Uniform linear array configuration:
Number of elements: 12
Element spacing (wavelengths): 0.25
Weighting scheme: cosine
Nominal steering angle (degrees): -15
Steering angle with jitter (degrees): -14.57
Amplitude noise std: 0.05
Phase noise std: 0.05

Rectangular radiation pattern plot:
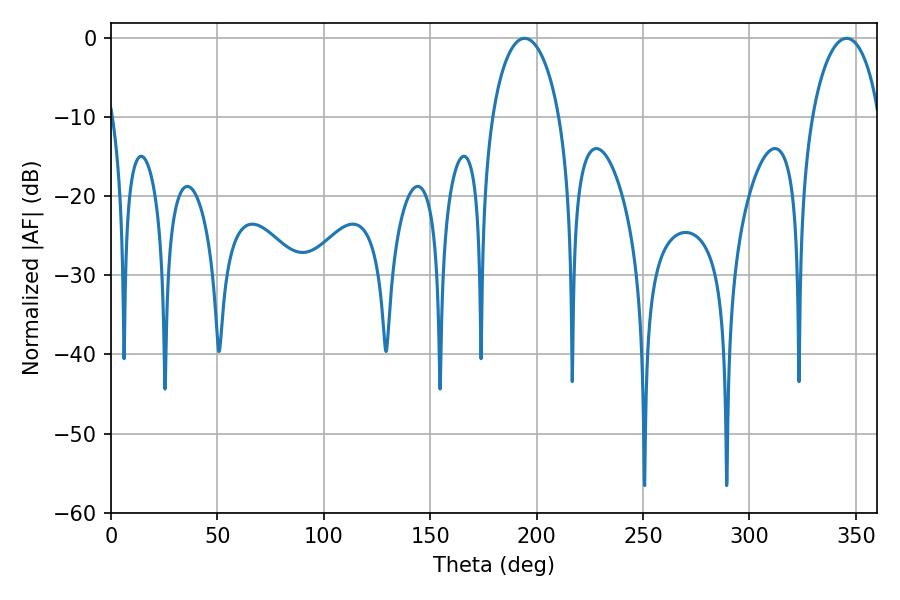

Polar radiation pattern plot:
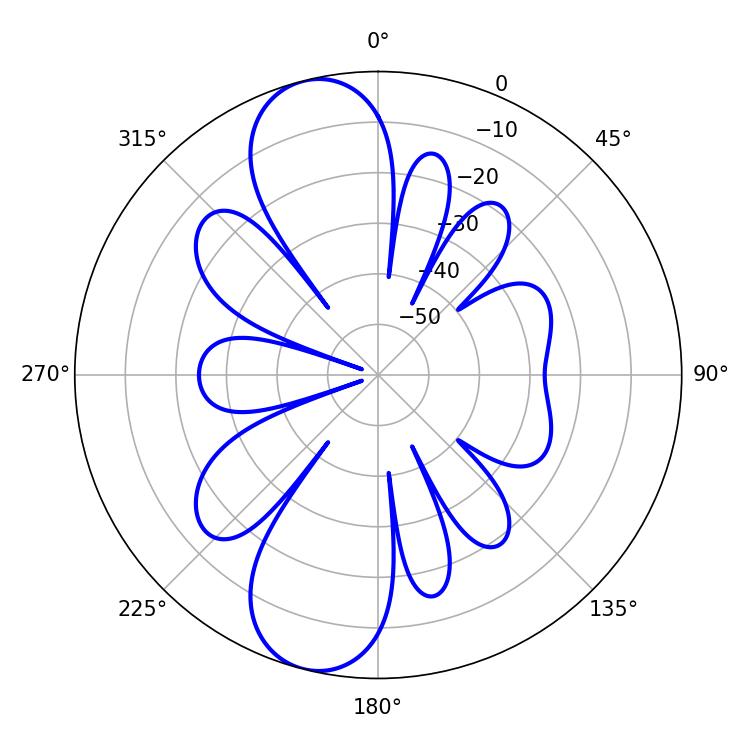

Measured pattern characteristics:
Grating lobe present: FALSE
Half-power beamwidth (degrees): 18.18
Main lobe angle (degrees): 345.6